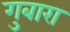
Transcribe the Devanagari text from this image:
गुबारा